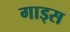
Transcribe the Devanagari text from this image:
गाड्स